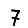
Digit: 7